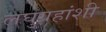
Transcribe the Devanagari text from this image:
लघुग्रहांशी